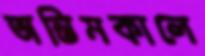
অন্তিমকালে